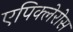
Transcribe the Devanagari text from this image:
एपिक्लेरोस